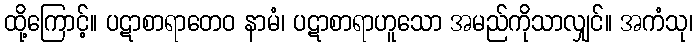
ထို့ကြောင့်။ ပဋာစာရာတေဝ နာမံ၊ ပဋာစာရာဟူသော အမည်ကိုသာလျှင်။ အကံသု၊